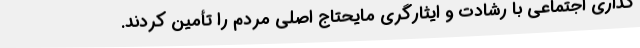
گذاری اجتماعی‌ با رشادت و ایثارگری مایحتاج اصلی مردم را تأمین کردند.